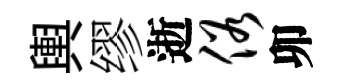
輿缪逝俗卯